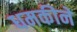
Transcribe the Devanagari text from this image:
धमकीने